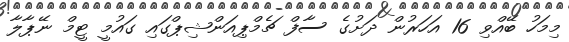
މިމަހު ބޭއްވި 16 އަހަރުން ދަށުގެ ސާފް ޗެމްޕިއަންޝިޕްގައި ގައުމީ ޓީމް ނޭޕާލާ